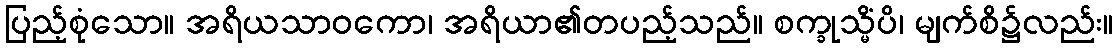
ပြည့်စုံသော။ အရိယသာဝကော၊ အရိယာ၏တပည့်သည်။ စက္ခုသ္မိံပိ၊ မျက်စိ၌လည်း။